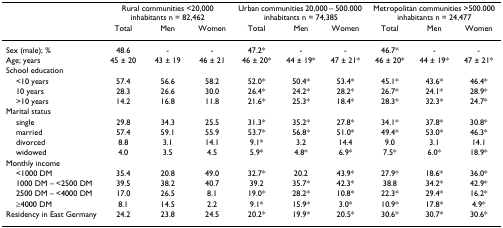
<table><thead><tr><td></td><td colspan="3"><b>Rural communities &lt;20,000 inhabitants n = 82,462</b></td><td colspan="3"><b>Urban communities 20,000 – 500.000 inhabitants n = 74,385</b></td><td colspan="3"><b>Metropolitan communities &gt;500.000 inhabitants n = 24,477</b></td></tr><tr><td></td><td><b>Total</b></td><td><b>Men</b></td><td><b>Women</b></td><td><b>Total</b></td><td><b>Men</b></td><td><b>Women</b></td><td><b>Total</b></td><td><b>Men</b></td><td><b>Women</b></td></tr></thead><tbody><tr><td>Sex (male); %</td><td>48.6</td><td>-</td><td>-</td><td>47.2*</td><td>-</td><td>-</td><td>46.7*</td><td>-</td><td>-</td></tr><tr><td>Age; years</td><td>45 ± 20</td><td>43 ± 19</td><td>46 ± 21</td><td>46 ± 20*</td><td>44 ± 19*</td><td>47 ± 21*</td><td>46 ± 20*</td><td>44 ± 19*</td><td>47 ± 21*</td></tr><tr><td>School education</td><td></td><td></td><td></td><td></td><td></td><td></td><td></td><td></td><td></td></tr><tr><td> &lt;10 years</td><td>57.4</td><td>56.6</td><td>58.2</td><td>52.0*</td><td>50.4*</td><td>53.4*</td><td>45.1*</td><td>43.6*</td><td>46.4*</td></tr><tr><td> 10 years</td><td>28.3</td><td>26.6</td><td>30.0</td><td>26.4*</td><td>24.2*</td><td>28.2*</td><td>26.7*</td><td>24.1*</td><td>28.9*</td></tr><tr><td> &gt;10 years</td><td>14.2</td><td>16.8</td><td>11.8</td><td>21.6*</td><td>25.3*</td><td>18.4*</td><td>28.3*</td><td>32.3*</td><td>24.7*</td></tr><tr><td>Marital status</td><td></td><td></td><td></td><td></td><td></td><td></td><td></td><td></td><td></td></tr><tr><td> single</td><td>29.8</td><td>34.3</td><td>25.5</td><td>31.3*</td><td>35.2*</td><td>27.8*</td><td>34.1*</td><td>37.8*</td><td>30.8*</td></tr><tr><td> married</td><td>57.4</td><td>59.1</td><td>55.9</td><td>53.7*</td><td>56.8*</td><td>51.0*</td><td>49.4*</td><td>53.0*</td><td>46.3*</td></tr><tr><td> divorced</td><td>8.8</td><td>3.1</td><td>14.1</td><td>9.1*</td><td>3.2</td><td>14.4</td><td>9.0</td><td>3.1</td><td>14.1</td></tr><tr><td> widowed</td><td>4.0</td><td>3.5</td><td>4.5</td><td>5.9*</td><td>4.8*</td><td>6.9*</td><td>7.5*</td><td>6.0*</td><td>18.9*</td></tr><tr><td>Monthly income</td><td></td><td></td><td></td><td></td><td></td><td></td><td></td><td></td><td></td></tr><tr><td> &lt;1000 DM</td><td>35.4</td><td>20.8</td><td>49.0</td><td>32.7*</td><td>20.2</td><td>43.9*</td><td>27.9*</td><td>18.6*</td><td>36.0*</td></tr><tr><td> 1000 DM – &lt;2500 DM</td><td>39.5</td><td>38.2</td><td>40.7</td><td>39.2</td><td>35.7*</td><td>42.3*</td><td>38.8</td><td>34.2*</td><td>42.9*</td></tr><tr><td> 2500 DM – &lt;4000 DM</td><td>17.0</td><td>26.5</td><td>8.1</td><td>19.0*</td><td>28.2*</td><td>10.8*</td><td>22.3*</td><td>29.4*</td><td>16.2*</td></tr><tr><td> ≥4000 DM</td><td>8.1</td><td>14.5</td><td>2.2</td><td>9.1*</td><td>15.9*</td><td>3.0*</td><td>10.9*</td><td>17.8*</td><td>4.9*</td></tr><tr><td>Residency in East Germany</td><td>24.2</td><td>23.8</td><td>24.5</td><td>20.2*</td><td>19.9*</td><td>20.5*</td><td>30.6*</td><td>30.7*</td><td>30.6*</td></tr></tbody></table>